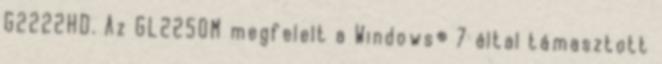
G2222HD. Az GL2250M megfelelt a Windows® 7 által támasztott